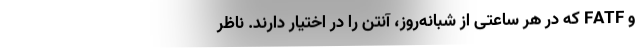
و FATF که در هر ساعتی از شبانه‌روز، آنتن را در اختیار دارند. ناظر